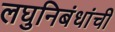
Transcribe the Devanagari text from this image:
लघुनिबंधांची